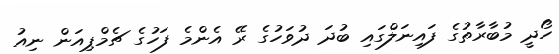
ހޯދީ މުބާރާތުގެ ފައިނަލްގައި ބުދަ ދުވަހުގެ ރޭ އެންމެ ފަހުގެ ޗެމްޕިއަން ނިއު